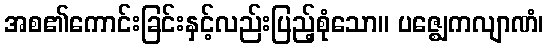
အစ၏ကောင်းခြင်းနှင့်လည်းပြည့်စုံသော။ ပဇ္ဈေကလျာဏံ၊